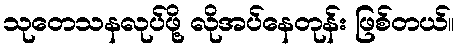
သုတေသနလုပ်ဖို့ လိုအပ်နေတုန်း ဖြစ်တယ်။